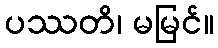
ပဿတိ၊ မမြင်။